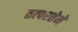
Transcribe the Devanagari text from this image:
तत्‍परतेने